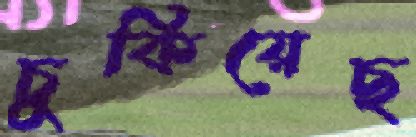
চুকিয়েছ